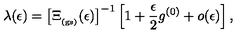
\lambda ( \epsilon ) = \left[ \Xi _ { _ \mathrm { ( g s ) } } ( \epsilon ) \right] ^ { - 1 } \left[ 1 + \frac { \epsilon } { 2 } g ^ { ( 0 ) } + o ( \epsilon ) \right] ,